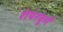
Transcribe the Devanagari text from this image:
शेयरवूर्ग